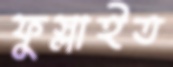
ফুস্‌লাইত